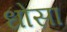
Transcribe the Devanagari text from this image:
धोसा